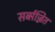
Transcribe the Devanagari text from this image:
सर्व्सज्जित